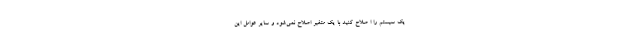
یک سیستم را ا صلاح کنید با یک متغیر اصلاح نمی‌شود و سایر عوامل این